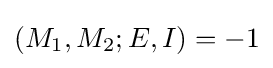
(M_{1},M_{2};E,I)=-1